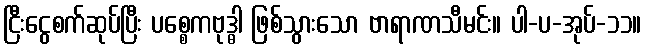
ငြီးငွေစက်ဆုပ်ပြီး ပစ္စေကဗုဒ္ဓါ ဖြစ်သွားသော ဗာရာဏသီမင်း။ ပါ-ပ-အုပ်-၁၁။